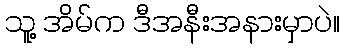
သူ့ အိမ်က ဒီအနီးအနားမှာပဲ။